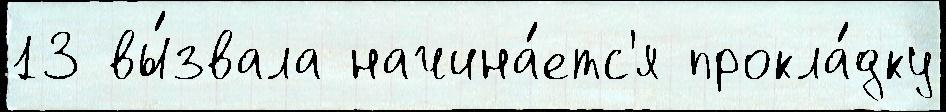
13 вы́звала начина́етс'я прокла́дку